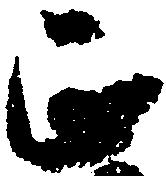
正